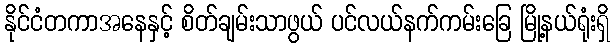
နိုင်ငံတကာအနေနှင့် စိတ်ချမ်းသာဖွယ် ပင်လယ်နက်ကမ်းခြေ မြို့နယ်ရုံးရှိ